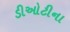
ડીઓટીના